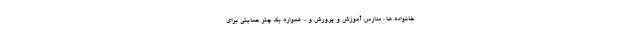
خانواده ها ، مدارس، آموزش و پرورش و ... همواره یک چتر حمایتی برای